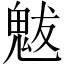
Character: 魃